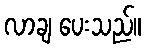
လာချ ပေးသည်။